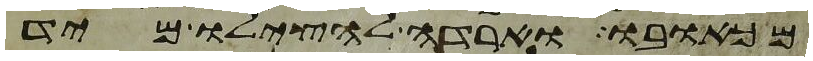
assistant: מכאבו וארדה להצילו מיד